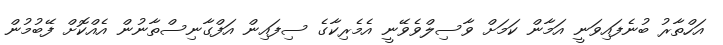
އަހްތާރު ބުނެފައިވަނީ އަމާން ކަމަށް ވާސިލްވެވޭނީ އެމެރިކާގެ ސިފައިން އަފްގާނިސްތާނުން އެއްކޮށް ފޭބުމުން